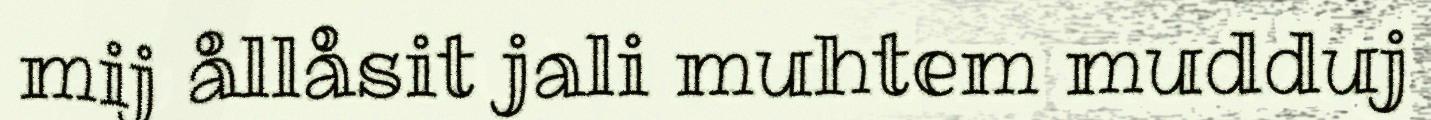
mij ållåsit jali muhtem mudduj